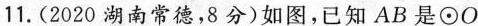
11.(2020湖南常德，8分)如图，已知AB是⊙O